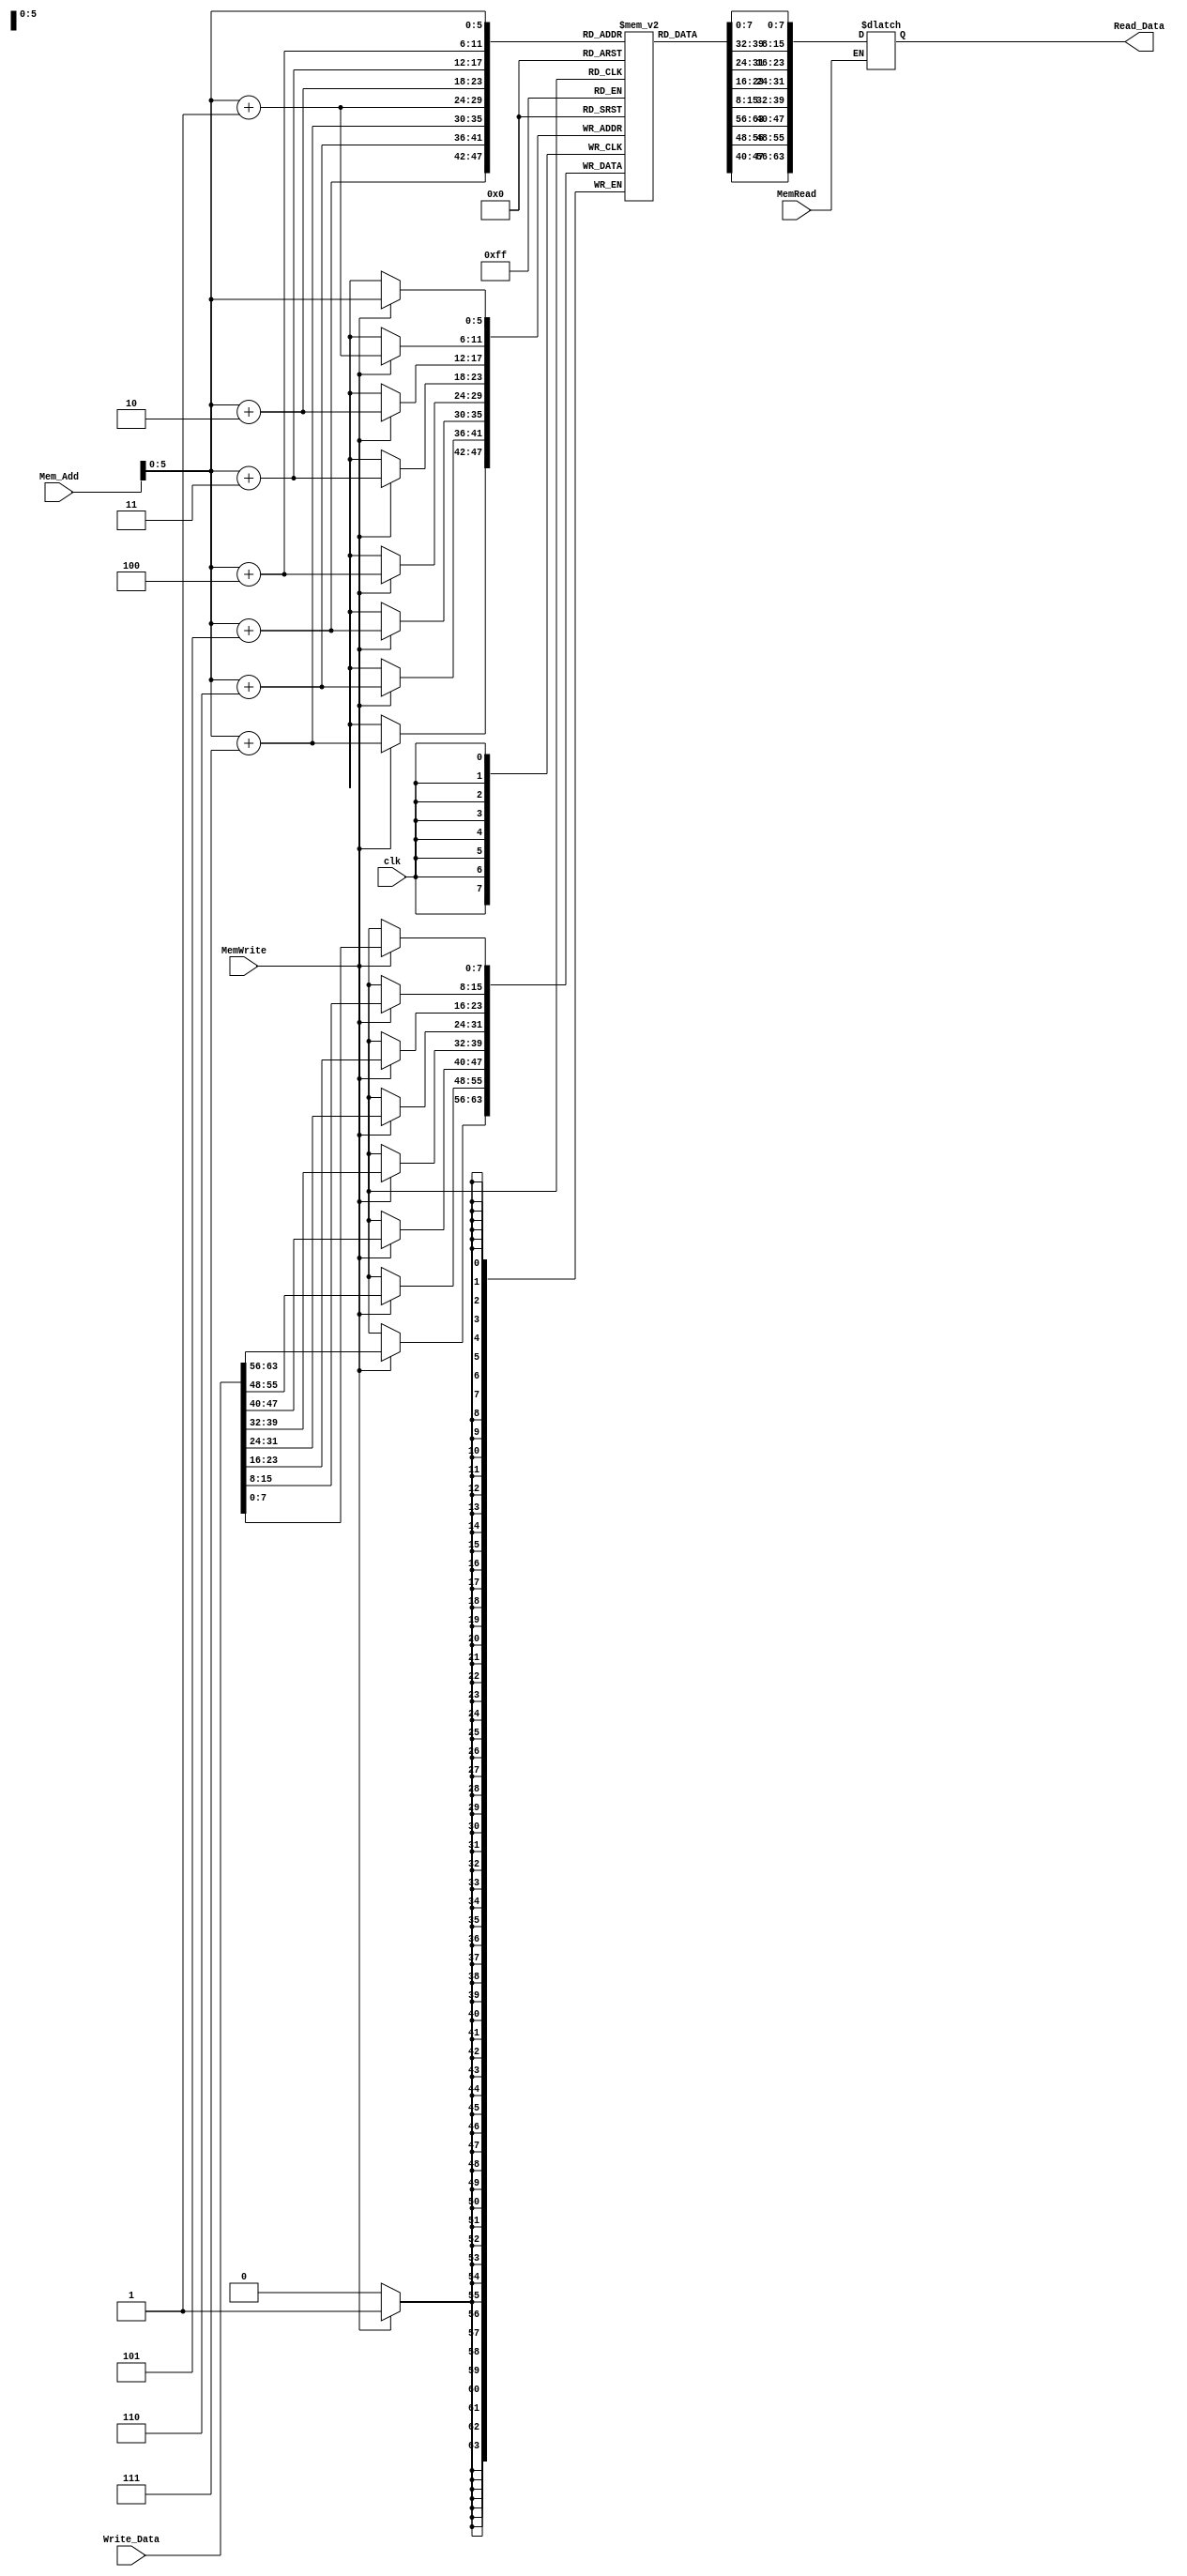
module Data_memory
(
	input clk, MemWrite, MemRead,
	input [63:0] Mem_Add, Write_Data,
	output reg [63:0] Read_Data
);

	reg [7:0] DataMemory [63:0];
	initial
		begin
		DataMemory[0]= 8'b01010110;
		DataMemory[1]= 8'b10110001;
		DataMemory[2]= 8'b11011110;
		DataMemory[3]= 8'b01100001;
		DataMemory[4]= 8'b11010110;
		DataMemory[5]= 8'b00000110;
		DataMemory[6]= 8'b01010010;
		DataMemory[7]= 8'b01001100;
		DataMemory[8]= 8'b01110010;
		DataMemory[9]= 8'b01000100;
		DataMemory[10]= 8'b00111000;
		DataMemory[11]= 8'b10110000;
		DataMemory[12]= 8'b00100001;
		DataMemory[13]= 8'b10111000;
		DataMemory[14]= 8'b10110011;
		DataMemory[15]= 8'b11000000;
		DataMemory[16]= 8'b00010111;
		DataMemory[17]= 8'b10110110;
		DataMemory[18]= 8'b10111111;
		DataMemory[19]= 8'b11111111;
		DataMemory[20]= 8'b10001100;
		DataMemory[21]= 8'b10100100;
		DataMemory[22]= 8'b01010111;
		DataMemory[23]= 8'b01111000;
		DataMemory[24]= 8'b00100010;
		DataMemory[25]= 8'b11111011;
		DataMemory[26]= 8'b10111011;
		DataMemory[27]= 8'b10001110;
		DataMemory[28]= 8'b01111000;
		DataMemory[29]= 8'b10001000;
		DataMemory[30]= 8'b10110110;
		DataMemory[31]= 8'b10011101;
		DataMemory[32]= 8'b11011001;
		DataMemory[33]= 8'b00100011;
		DataMemory[34]= 8'b11011101;
		DataMemory[35]= 8'b11011110;
		DataMemory[36]= 8'b10111001;
		DataMemory[37]= 8'b11000001;
		DataMemory[38]= 8'b11111010;
		DataMemory[39]= 8'b10101000;
		DataMemory[40]= 8'b00111000;
		DataMemory[41]= 8'b01001101;
		DataMemory[42]= 8'b11000101;
		DataMemory[43]= 8'b00100011;
		DataMemory[44]= 8'b10011000;
		DataMemory[45]= 8'b00110110;
		DataMemory[46]= 8'b01001000;
		DataMemory[47]= 8'b11111010;
		DataMemory[48]= 8'b10111101;
		DataMemory[49]= 8'b10100010;
		DataMemory[50]= 8'b00000111;
		DataMemory[51]= 8'b10100100;
		DataMemory[52]= 8'b10101110;
		DataMemory[53]= 8'b00001101;
		DataMemory[54]= 8'b01111110;
		DataMemory[55]= 8'b00110010;
		DataMemory[56]= 8'b11100111;
		DataMemory[57]= 8'b01111010;
		DataMemory[58]= 8'b10000101;
		DataMemory[59]= 8'b00111000;
		DataMemory[60]= 8'b01000100;
		DataMemory[61]= 8'b01010100;
		DataMemory[62]= 8'b00001100;
		DataMemory[63]= 8'b11011001;
		end
	
	always @ (posedge clk)
	begin
		if (MemWrite)
			{DataMemory[Mem_Add+7], DataMemory[Mem_Add+6], DataMemory[Mem_Add+5],
		DataMemory[Mem_Add+4], DataMemory[Mem_Add+3], DataMemory[Mem_Add+2], DataMemory[Mem_Add+1],
		DataMemory[Mem_Add]} = Write_Data;
		
	end
	
	always @ (Mem_Add or MemRead or DataMemory)
	begin
		if (MemRead)
			Read_Data = {DataMemory[Mem_Add+7], DataMemory[Mem_Add+6], DataMemory[Mem_Add+5],
		DataMemory[Mem_Add+4], DataMemory[Mem_Add+3], DataMemory[Mem_Add+2], DataMemory[Mem_Add+1],
		DataMemory[Mem_Add]};
	end
	
endmodule